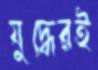
যুদ্ধেরই